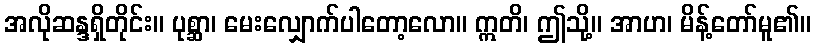
အလိုဆန္ဒရှိတိုင်း။ ပုစ္ဆာ၊ မေးလျှောက်ပါတော့လော။ ဣတိ၊ ဤသို့။ အာဟ၊ မိန့်တော်မူ၏။